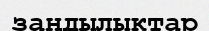
заңдылыктар